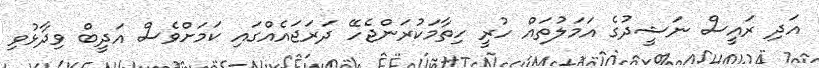
އަދި ރައީސް ނަޝީދުގެ އަމަލުތައް ހުރީ ހިތާމަކުރަންޖެހޭ ދަރަޖައެއްގައި ކަމަށްވެސް އަދީބް ވިދާޅުވި